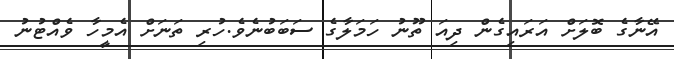
އޭނާގެ ބޮލަށް އަރައިގެން ދިއަ ތޫނު ހަމަލާގެ ސަބަބުނެވެ.ހުރި ތަނަށް އެމީހާ ވެއްޓުނު